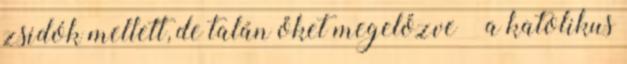
zsidók mellett, de talán őket megelőzve – a katolikus